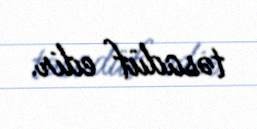
təsadüf edir.